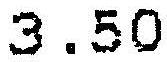
3.50